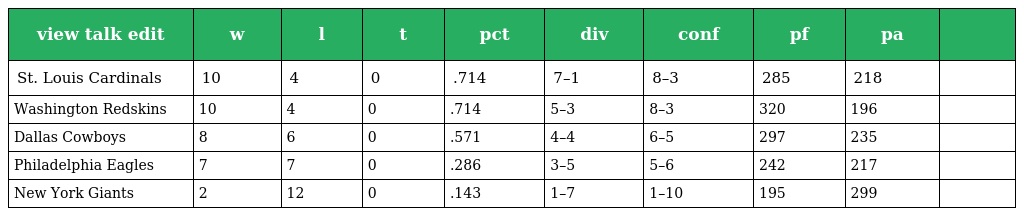
| view talk edit | w | l | t | pct | div | conf | pf | pa |  |
 | --- | --- | --- | --- | --- | --- | --- | --- | --- | --- |
 | St. Louis Cardinals | 10 | 4 | 0 | .714 | 7–1 | 8–3 | 285 | 218 |  |
 | Washington Redskins | 10 | 4 | 0 | .714 | 5–3 | 8–3 | 320 | 196 |  |
 | Dallas Cowboys | 8 | 6 | 0 | .571 | 4–4 | 6–5 | 297 | 235 |  |
 | Philadelphia Eagles | 7 | 7 | 0 | .286 | 3–5 | 5–6 | 242 | 217 |  |
 | New York Giants | 2 | 12 | 0 | .143 | 1–7 | 1–10 | 195 | 299 |  |